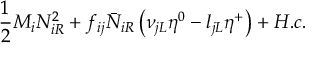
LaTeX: \frac 1 2 M _ { i } N _ { i R } ^ { 2 } + f _ { i j } \bar { N } _ { i R } \left( \nu _ { j L } \eta ^ { 0 } - l _ { j L } \eta ^ { + } \right) + H . c .